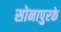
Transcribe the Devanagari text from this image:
सोनापुरके